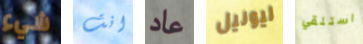
شيء انت عاد ليونيل استلقي